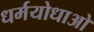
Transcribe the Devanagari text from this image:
धर्मयोधाओ